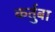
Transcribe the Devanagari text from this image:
कर्तुबा